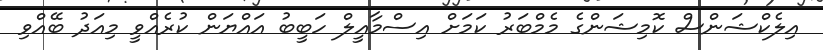
އިލެކްޝަންސް ކޮމިޝަންގެ މެމްބަރު ކަމަށް އިސްމާއީލް ހަބީބު އައްޔަން ކުރެއްވީ މިއަދު ބޭއްވި